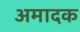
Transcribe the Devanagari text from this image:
अमादक